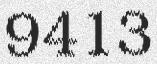
9413